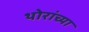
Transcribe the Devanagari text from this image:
थोरांच्या